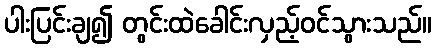
ပါးပြင်းချ၍ တွင်းထဲခေါင်းလှည့်ဝင်သွားသည်။